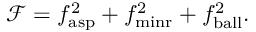
\mathcal { F } = f _ { \mathrm { a s p } } ^ { 2 } + f _ { \mathrm { m i n r } } ^ { 2 } + f _ { \mathrm { b a l l } } ^ { 2 } .